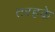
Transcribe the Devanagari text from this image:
तरहके